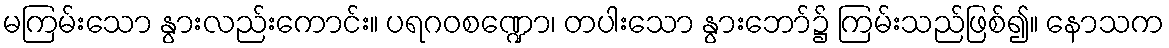
မကြမ်းသော နွားလည်းကောင်း။ ပရဂဝစဏ္ဍော၊ တပါးသော နွားဘော်၌ ကြမ်းသည်ဖြစ်၍။ နောသက